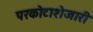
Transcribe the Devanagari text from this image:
परकोटाशेजारी